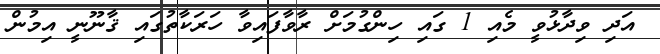
އަދި ވިދާޅުވީ މެއި 1 ގައި ހިންގުމަށް ރާވާފައިވާ ހަރަކާތުގައި ޤާނޫނީ އިމުން